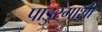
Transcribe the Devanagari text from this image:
पांडुरंगाशी